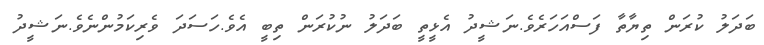
ބަދަލު ކުރަން ތިޔާތާ ފަސްއަހަރެވެ.ނަޝީދު އެޅީތީ ބަދަލު ނުކުރަން ތިބީ އެވެ.ހަސަދަ ވެރިކަމުންނެވެ.ނަޝީދު